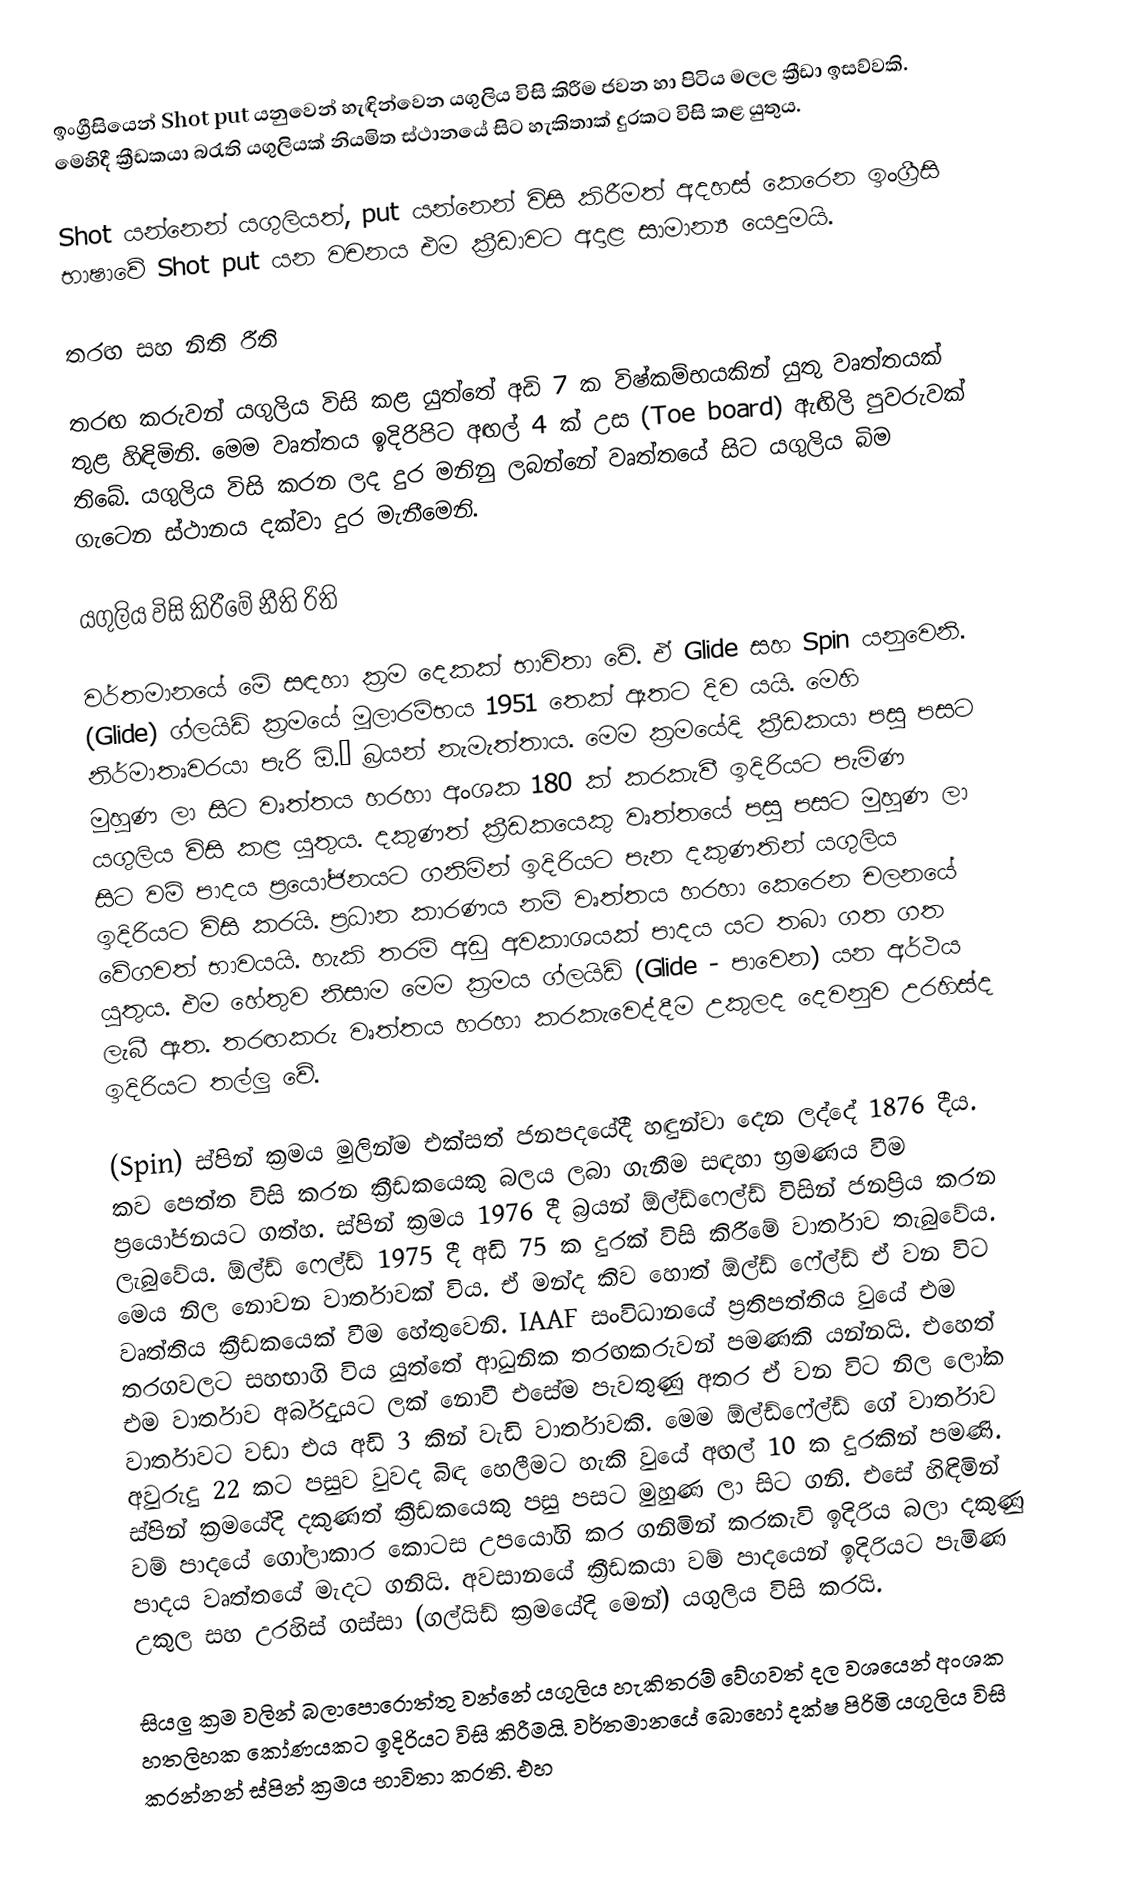
ඉංග්‍රීසියෙන් Shot put යනුවෙන් හැඳින්වෙන යගුලිය විසි කිරීම ජවන හා පිටිය මලල ක්‍රීඩා ඉසව්වකි. මෙහිදී ක්‍රීඩකයා බරැති යගුලියක් නියමිත ස්ථානයේ සිට හැකිතාක් දුරකට විසි කළ යුතුය.

Shot යන්නෙන් යගුලියත්, put යන්නෙන් විසි කිරීමත් අදහස් කෙරෙන ඉංග්‍රීසි භාෂාවේ Shot put යන වචනය එම ක්‍රීඩාවට අදාළ සාමාන්‍ය යෙදුමයි.

තරඟ සහ නිති රීති

තරඟ කරුවන් යගුලිය විසි කළ යුත්තේ අඩි 7 ක විෂ්කම්භයකින් යුතු වෘත්තයක් තුළ හිඳිමිනි. මෙම වෘත්තය ඉදිරිපිට අඟල් 4 ක් උස (Toe board) ඇඟිලි පුවරුවක් තිබේ. යගුලිය විසි කරන ලද දුර මනිනු ලබන්නේ වෘත්තයේ සිට යගුලිය බිම ගැටෙන ස්ථානය දක්වා දුර මැනීමෙනි.

යගුලිය විසි කිරීමේ නීති රිති

වර්තමානයේ මේ සඳහා ක්‍රම දෙකක් භාවිතා වේ. ඒ Glide සහ Spin යනුවෙනි. (Glide) ග්ලයිඩ් ක්‍රමයේ මූලාරම්භය 1951 තෙක් ඈතට දිව යයි. මෙහි නිර්මාතෘවරයා පැරි ඕ.’ බ්‍රයන් නැමැත්තාය. මෙම ක්‍රමයේදි ක්‍රීඩකයා පසු පසට මුහුණ ලා සිට වෘත්තය හරහා අංශක 180 ක් කරකැවී ඉදිරියට පැමිණ යගුලිය විසි කළ යුතුය. දකුණත් ක්‍රීඩකයෙකු වෘත්තයේ පසු පසට මුහුණ ලා සිට වම් පාදය ප්‍රයෝජනයට ගනිමින් ඉදිරියට පැන දකුණතින් යගුලිය ඉදිරියට විසි කරයි. ප්‍රධාන කාරණය නම් වෘත්තය හරහා කෙරෙන චලනයේ වේගවත් භාවයයි. හැකි තරම් අඩු අවකාශයක් පාදය යට තබා ගත ගත යුතුය. එම හේතුව නිසාම මෙම ක්‍රමය ග්ලයිඩ් (Glide - පාවෙන) යන අර්ථය ලැබී ඇත. තරඟකරු වෘත්තය හරහා කරකැවෙද්දීම උකුලද දෙවනුව උරහිස්ද ඉදිරියට තල්ලු වේ.

(Spin) ස්පින් ක්‍රමය මුලින්ම එක්සත් ජනපදයේදී හඳුන්වා දෙන ලද්දේ 1876 දීය. කව පෙත්ත විසි කරන ක්‍රීඩකයෙකු බලය ලබා ගැනීම සඳහා භ්‍රමණය වීම ප්‍රයෝජනයට ගත්හ. ස්පින් ක්‍රමය 1976 දී බ්‍රයන් ඕල්ඩ්ෆෙල්ඩ් විසින් ජනප්‍රිය කරන ලැබුවේය. ඕල්ඩ් ෆෙල්ඩ් 1975 දී අඩි 75 ක දුරක් විසි කිරීමේ වාර්තාව තැබුවේය. මෙය නිල නොවන වාර්තාවක් විය. ඒ මන්ද කිව හොත් ඕල්ඩ් ෆේල්ඩ් ඒ වන විට වෘත්තිය ක්‍රීඩකයෙක් වීම හේතුවෙනි. IAAF සංවිධානයේ ප්‍රතිපත්තිය වුයේ එම තරගවලට සහභාගි විය යුත්තේ ආධුනික තරඟකරුවන් පමණකි යන්නයි. එහෙත් එම වාර්තාව අර්බුදයට ලක් නොවී එසේම පැවතුණු අතර ඒ වන විට නිල ලෝක වාර්තාවට වඩා එය අඩි 3 කින් වැඩි වාර්තාවකි. මෙම ඕල්ඩ්ෆේල්ඩ් ගේ වාර්තාව අවුරුදු 22 කට පසුව වුවද බිඳ හෙලීමට හැකි වුයේ අඟල් 10 ක දුරකින් පමණි. ස්පින් ක්‍රමයේදි දකුණත් ක්‍රීඩකයෙකු පසු පසට මුහුණ ලා සිට ගනි. එසේ හිඳිමින් වම් පාදයේ ගෝලාකාර කොටස උපයෝගි කර ගනිමින් කරකැවි ඉදිරිය බලා දකුණු පාදය වෘත්තයේ මැදට ගනියි. අවසානයේ ක්‍රීඩකයා වම් පාදයෙන් ඉදිරියට පැමිණ උකුල සහ උරහිස් ගස්සා (ගල්යිඩ් ක්‍රමයේදි මෙන්) යගුලිය විසි කරයි.

සියලු ක්‍රම වලින් බලාපොරොත්තු වන්නේ යගුලිය හැකිතරම් වේගවත් දල වශයෙන් අංශක හතලිහක කෝණයකට ඉදිරියට විසි කිරීමයි. වර්තමානයේ බොහෝ දක්ෂ පිරිමි යගුලිය විසි කරන්නන් ස්පින් ක්‍රමය භාවිතා කරති. එහ